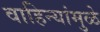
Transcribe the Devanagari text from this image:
वाहिन्यांमुळे